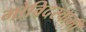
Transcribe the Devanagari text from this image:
गोविदस्वामी